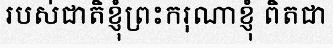
របស់ជាតិខ្ញុំព្រះករុណាខ្ញុំ ពិតជា